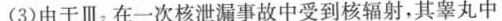
(3)由于Ⅲ，在一次核泄漏事故中受到核辐射，其睾丸中